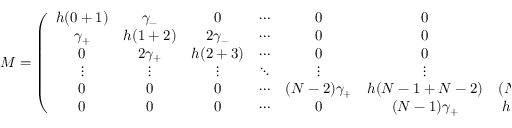
M = \left( \begin{array} { c c c c c c c } { { h ( 0 + 1 ) } } & { { \gamma _ { - } } } & { { 0 } } & { { \cdots } } & { { 0 } } & { { 0 } } & { { 0 } } \\ { { \gamma _ { + } } } & { { h ( 1 + 2 ) } } & { { 2 \gamma _ { - } } } & { { \cdots } } & { { 0 } } & { { 0 } } & { { 0 } } \\ { { 0 } } & { { 2 \gamma _ { + } } } & { { h ( 2 + 3 ) } } & { { \cdots } } & { { 0 } } & { { 0 } } & { { 0 } } \\ { { \vdots } } & { { \vdots } } & { { \vdots } } & { { \ddots } } & { { \vdots } } & { { \vdots } } & { { \vdots } } \\ { { 0 } } & { { 0 } } & { { 0 } } & { { \cdots } } & { { ( N - 2 ) \gamma _ { + } } } & { { h ( N - 1 + N - 2 ) } } & { { ( N - 1 ) \gamma _ { - } } } \\ { { 0 } } & { { 0 } } & { { 0 } } & { { \cdots } } & { { 0 } } & { { ( N - 1 ) \gamma _ { + } } } & { { h ( N - 1 ) } } \end{array} \right) \nonumber